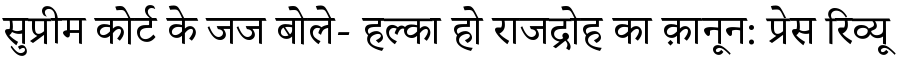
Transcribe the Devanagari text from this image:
सुप्रीम कोर्ट के जज बोले- हल्का हो राजद्रोह का क़ानून: प्रेस रिव्यू